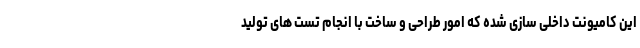
این کامیونت داخلی سازی شده که امور طراحی و ساخت با انجام تست های تولید